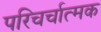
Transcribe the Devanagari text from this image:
परिचर्चात्मक